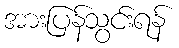
အားပြန်သွင်းရန်